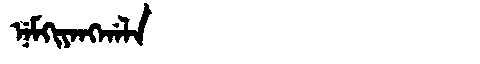
Manchu: ᠨᡝᠮᡴᡳᠶᠠᠩᡤᠠᠯᠠ
Romanization: NEMKIYANGGALA